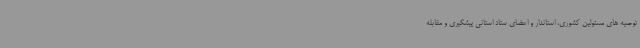
توصیه های مسئولین کشوری، استاندار و اعضای ستاد استانی پیشگیری و مقابله